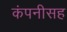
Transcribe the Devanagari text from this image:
कंपनीसह